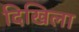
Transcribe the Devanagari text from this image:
दिखिला